Code of medical and sanitary regulations for the guidance of medical officers serving in the Madras Presidency - Volume I
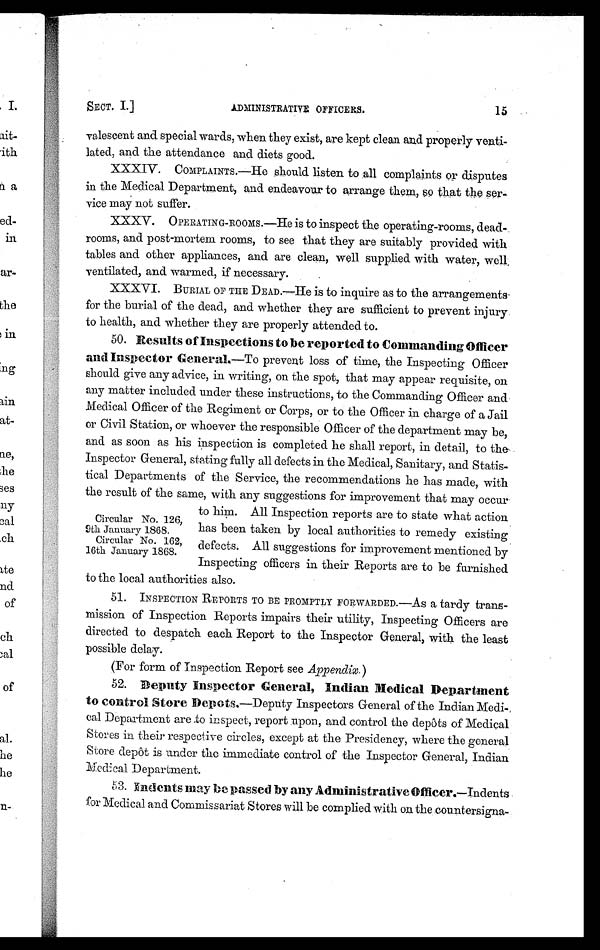
15
ADMINISTRATIVE OFFICERS .
SECT. I.]
valescent and special wards, when they exist, are kept clean and properly venti-
lated, and the attendance and diets good.
XXXIV.
COMPLAINTS.—He should listen to all complaints or disputes
in the Medical Department, and endeavour to arrange them, so that the ser-
vice may not suffer.
XXXV.
OPERATING-ROOMS.—He is to inspect the operating-rooms, dead
rooms, and post-mortem rooms, to see that they are suitably provided with
tables and other appliances, and are clean, well supplied with water, well,
ventilated, and warmed, if necessary.
XXXVI.
BURIAL OF THE DEAD.—He is to inquire as to the arrangements
for the burial of the dead, and whether they are sufficient to prevent injury
to health, and whether they are properly attended to.
50. Results of Inspections to be reported to Commanding Officer
and Inspector General,—To prevent loss of time, the Inspecting Officer
should give any advice, in writing, on the spot, that may appear requisite, on
any matter included under these instructions, to the Commanding Officer and
Medical Officer of the Regiment or Corps, or to the Officer in charge of a Jail
or Civil Station, or whoever the responsible Officer of the department may be,
and as soon as his inspection is completed he shall report, in detail, to the-
Inspector General, stating fully all defects in the Medical, Sanitary, and Statis-
tical Departments of the Service, the recommendations he has made, with
the result of the same, with any suggestions for improvement that may occur
to him. All Inspection reports are to state what action
has been taken by local authorities to remedy existing
defects. All suggestions for improvement mentioned by
Inspecting officers in their Reports are to be furnished
to the local authorities also.
51.
INSPECTION REPORTS TO BE PROMPTLY FORWARDED.—As a tardy trans-
mission of Inspection Reports impairs their utility, Inspecting Officers are
directed to despatch each Report to the Inspector General, with the least
possible delay.
(For form of inspection Report see Appendix.)
52. Deputy Inspector General, Indian Medical Department
to control Store Depots,—Deputy Inspectors General of the Indian Medi-
cal Department are to inspect, report upon, and control the depots of Medical
Stores in their respective circles, except at the Presidency, where the general
Store depot is under the immediate control of the Inspector General, Indian
Medical Department.
53. Indents may be passed by any Administrative Officer.—Indents
for Medical and Commissariat Stores will be complied with on the countersigna-
Circular No. 126,
9th January 1868.
Circular No. 162,
16th January 1868.